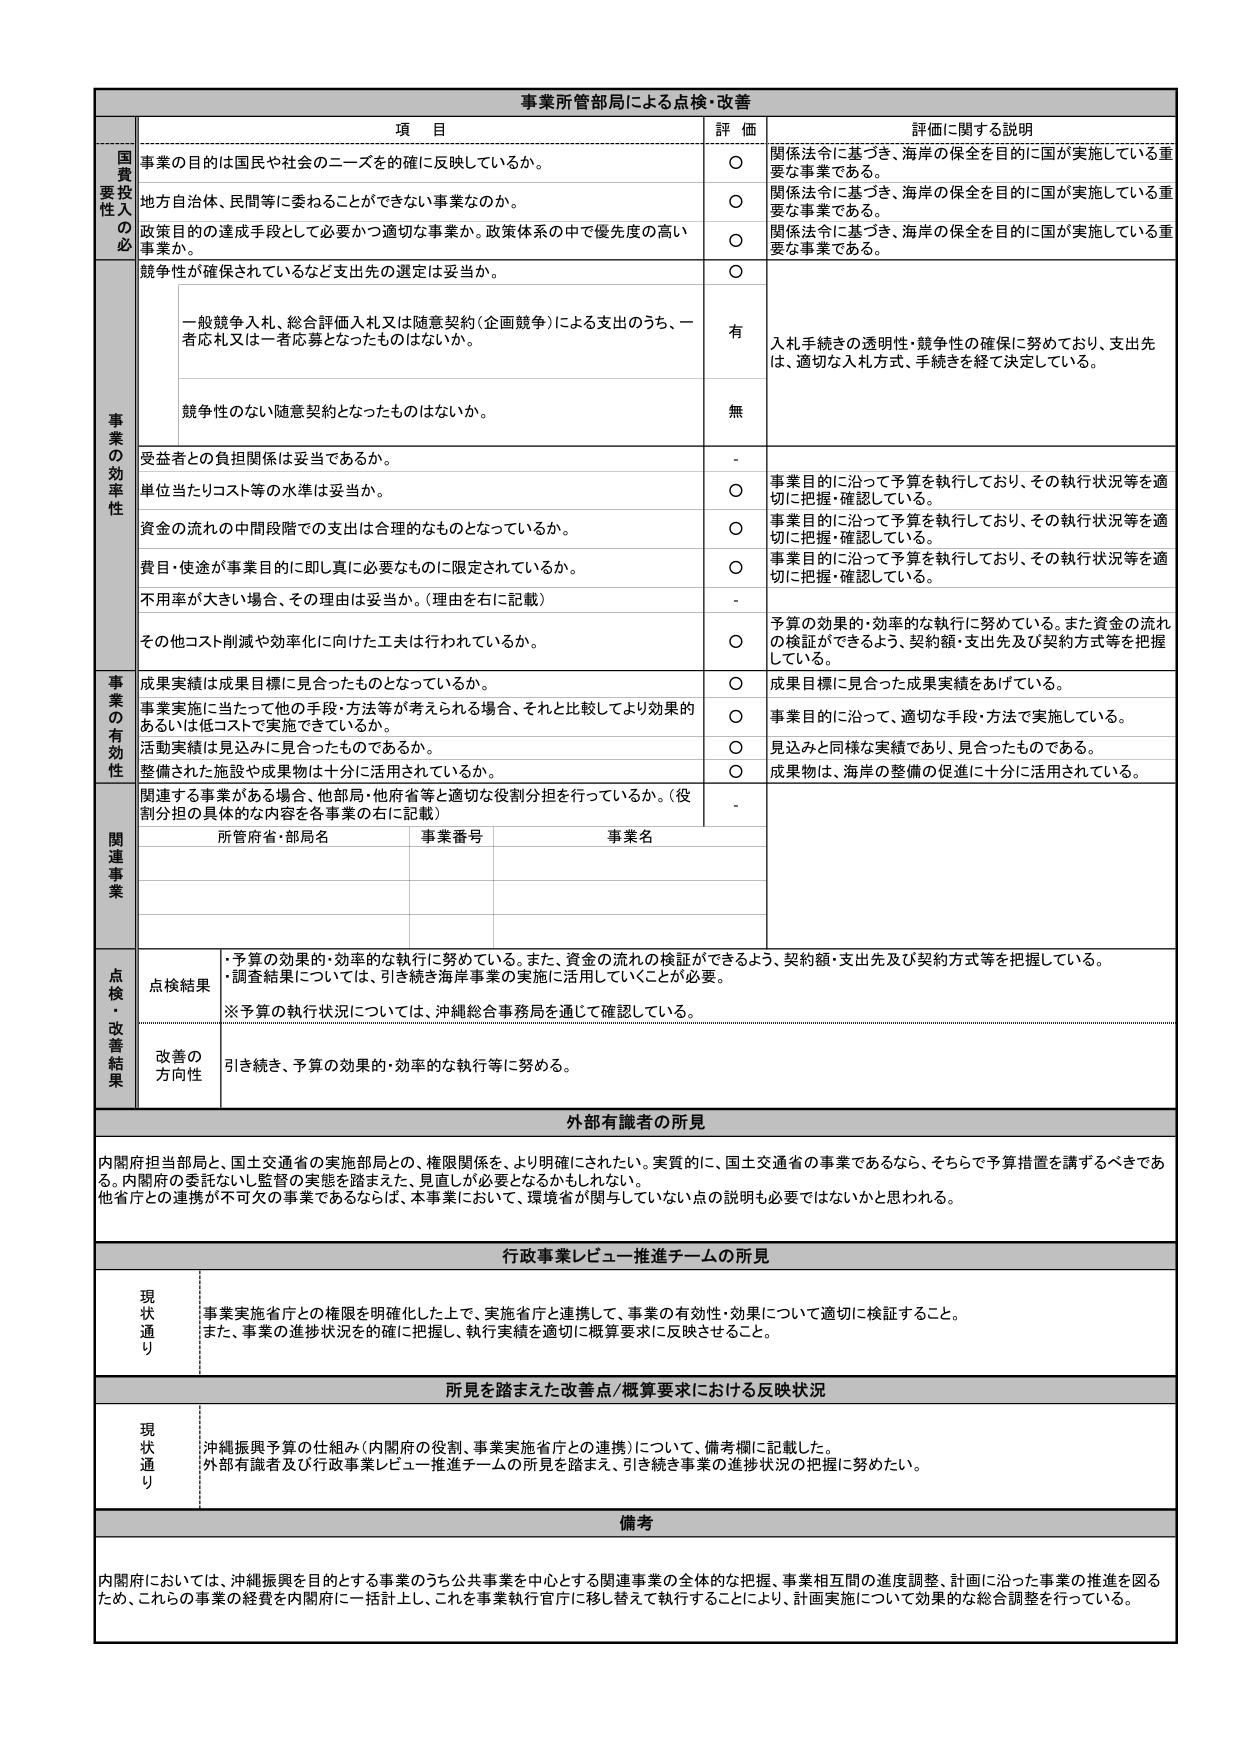
事業所管部局による点検・改善

項 目 評 価 評価に関する説明

国費要投入の必
事業の目的は国民や社会のニーズを的確に反映しているか。 ○ 関係法令に基づき、海岸の保全を目的に国が実施している重要な事業である。
地方自治体、民間等に委ねることができない事業なのか。 ○ 関係法令に基づき、海岸の保全を目的に国が実施している重要な事業である。
政策目的の達成手段として必要かつ適切な事業か、政策体系の中で優先度の高い事業か。 ○ 関係法令に基づき、海岸の保全を目的に国が実施している重要な事業である。
競争性が確保されているなど支出先の選定は妥当か。 ○

一般競争入札、総合評価入札又は随意契約（企画競争）による支出のうち、一者応札又は一者応募となったものはないか。 有 入札手続きの透明性・競争性の確保に努めており、支出先は、適切な入札方式、手続きを経て決定している。
競争性のない随意契約となったものはないか。 無

事業の効率性
受益者との負担関係は妥当であるか。 -
単位当たりコスト等の水準は妥当か。 ○ 事業目的に沿って予算を執行しており、その執行状況等を適切に把握・確認している。
資金の流れの中間段階での支出は合理的なものとなっているか。 ○ 事業目的に沿って予算を執行しており、その執行状況等を適切に把握・確認している。
費目・使途が事業目的に即し真に必要なものに限定されているか。 ○ 事業目的に沿って予算を執行しており、その執行状況等を適切に把握・確認している。
不用率が大きい場合、その理由は妥当か。（理由を右に記載） -
その他コスト削減や効率化に向けた工夫は行われているか。 ○ 予算の効果的・効率的な執行に努めている。また資金の流れの検証ができるよう、契約額・支出先及び契約方式等を把握している。

事業の有効性
成果実績は成果目標に見合ったものとなっているか。 ○ 成果目標に見合った成果実績をあげている。
事業実施に当たって他の手段・方法等が考えられる場合、それと比較してより効果的あるいは低コストで実施できているか。 ○ 事業目的に沿って、適切な手段・方法で実施している。
活動実績は見込みに見合ったものであるか。 ○ 見込みと同様な実績であり、見合ったものである。
整備された施設や成果物は十分に活用されているか。 ○ 成果物は、海岸の整備の促進に十分に活用されている。
関連する事業がある場合、他部局・他府省等と適切な役割分担を行っているか。（役割分担の具体的な内容を各事業の右に記載） -

関連事業
所管府省・部局名 事業番号 事業名

点検・改善結果
点検結果 ・予算の効果的・効率的な執行に努めている。また、資金の流れの検証ができるよう、契約額・支出先及び契約方式等を把握している。・調査結果については、引き続き海岸事業の実施に活用していくことが必要。・予算の執行状況については、沖縄総合事務局を通じて確認している。
改善の方向性 引き続き、予算の効果的・効率的な執行等に努める。

外部有識者の所見
内閣府担当部局と、国土交通省の実施部局との、権限関係を、より明確にされたい。実質的に、国土交通省の事業であるなら、そちらで予算措置を講ずるべきである。内閣府の委託ないし監督の実態を踏まえた、見直しが必要となるかもしれない。他省庁との連携が不可欠の事業であるならば、本事業において、環境省が関与していない点の説明も必要ではないかと思われる。

行政事業レビュー推進チームの所見
現状通り 事業実施省庁との権限を明確化した上で、実施省庁と連携して、事業の有効性・効果について適切に検証すること。また、事業の進捗状況を的確に把握し、執行実績を適切に概算要求に反映させること。

所見を踏まえた改善点/概算要求における反映状況
現状通り 沖縄振興予算の仕組み（内閣府の役割、事業実施省庁との連携）について、備考欄に記載した。外部有識者及び行政事業レビュー推進チームの所見を踏まえ、引き続き事業の進捗状況の把握に努めたい。

備考
内閣府においては、沖縄振興を目的とする事業のうち公共事業を中心とする関連事業の全体的な把握、事業相互間の進度調整、計画に沿った事業の推進を図るため、これらの事業の経費を内閣府に一括計上し、これを事業執行官庁に移し替えて執行することにより、計画実施について効果的な総合調整を行っている。